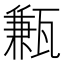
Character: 甉